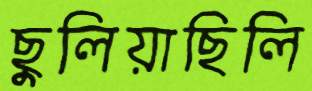
ছুলিয়াছিলি